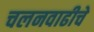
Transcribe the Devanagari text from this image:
चलनवाढीचे